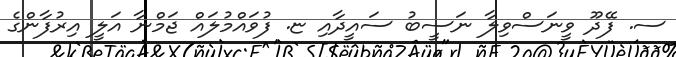
ސ. ފޭދޫ ވީނަސްވިލާ ނަސީބު ސައީދާއި ޏ. ފުވައްމުލައް ޖަމްނާ އަލީ އިރުފާންގެ